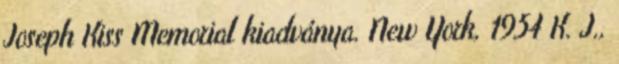
Joseph Kiss Memorial kiadványa. New York, 1954 K. J.,